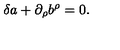
\delta a + \partial _ { \rho } b ^ { \rho } = 0 .